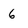
Character: 6